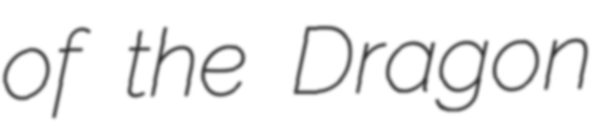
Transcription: of the Dragon